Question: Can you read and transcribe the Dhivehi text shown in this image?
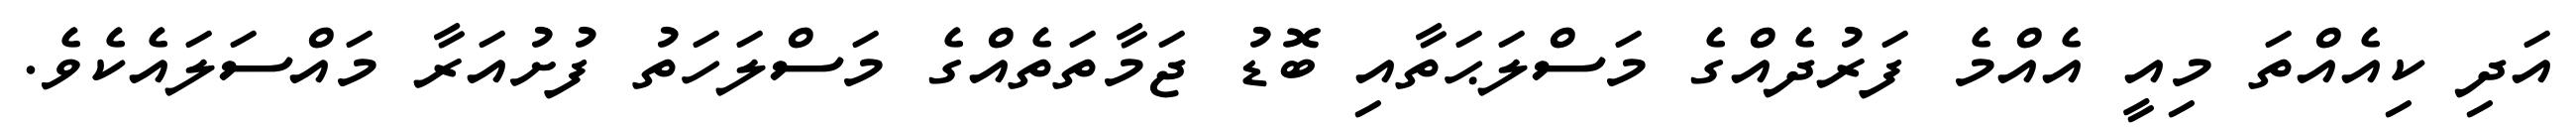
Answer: އަދި ކިއެއްތަ މިއީ އެއްމެ ފަރުދެއްގެ މަސްލަޙަތާއި ބޮޑު ޖަމާތަތެއްގެ މަސްލަހަތު ފުށުއަރާ މައްސަލައެކެވެ.